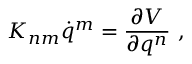
K _ { n m } \dot { q } ^ { m } = \frac { \partial V } { \partial q ^ { n } } \ ,